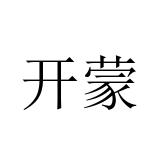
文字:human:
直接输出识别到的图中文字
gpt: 开蒙